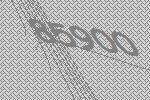
85900